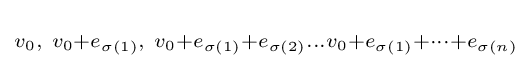
\scriptstyle v_{0},\ v_{0}+e_{\sigma (1)},\ v_{0}+e_{\sigma (1)}+e_{\sigma (2)}\ldots v_{0}+e_{\sigma (1)}+\cdots +e_{\sigma (n)}